Lunatic asylums Central Provinces reports 1874-1885 - 1874-1885
Year: 1874
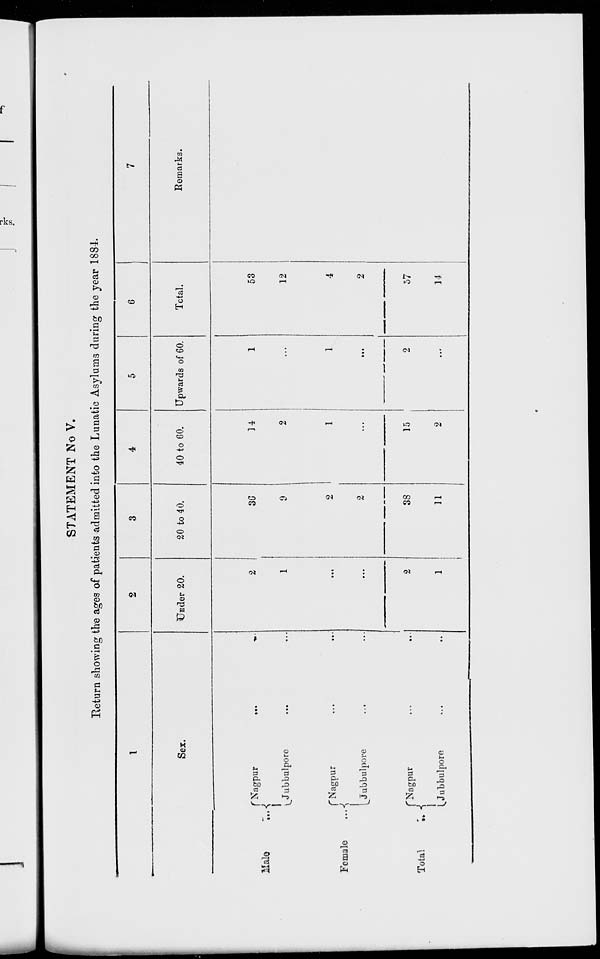
STATEMENT No V.
Return showing the ages of patients admitted into the Lunatic Asylums during the year 1884.
1
Sex.
Male ...
Female
...
Total
...
Nagpur
...
...
Jubbulpore ... ...
Nagpur ... ...
Jubbulpore ... ...
Nagpur ... ...
Jubbulpore ... ...
2
Under 20.
2
1
...
...
2
1
3
20 to 40.
36
9
2
2
38
11
4
40 to 60.
14
2
1
...
15
2
5
Upwards of 60.
1
...
1
...
2
...
6
Total.
53
12
4
2
57
14
Remarks.